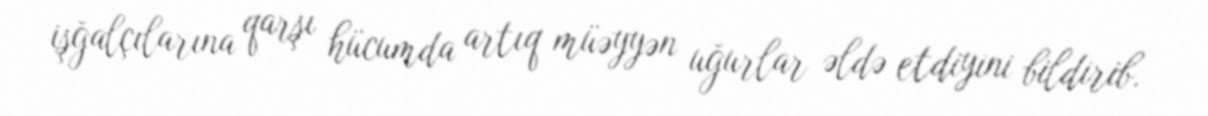
işğalçılarına qarşı hücumda artıq müəyyən uğurlar əldə etdiyini bildirib.